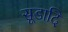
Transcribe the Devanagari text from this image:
सूडादि